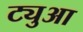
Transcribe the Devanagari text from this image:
ट्युआ